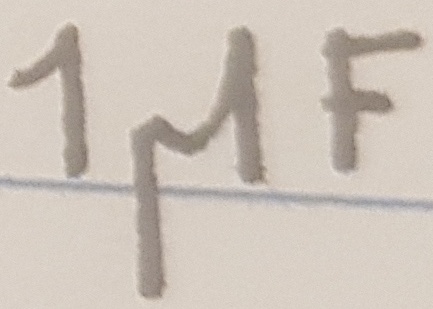
Text: 1µF